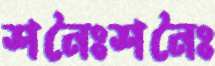
শনৈঃশনৈঃ